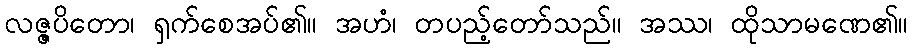
လဇ္ဇပိတော၊ ရှက်စေအပ်၏။ အဟံ၊ တပည့်တော်သည်။ အဿ၊ ထိုသာမဏေ၏။